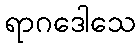
ရာဂဒေါသေ